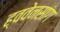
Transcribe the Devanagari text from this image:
ह्ववेनसांग